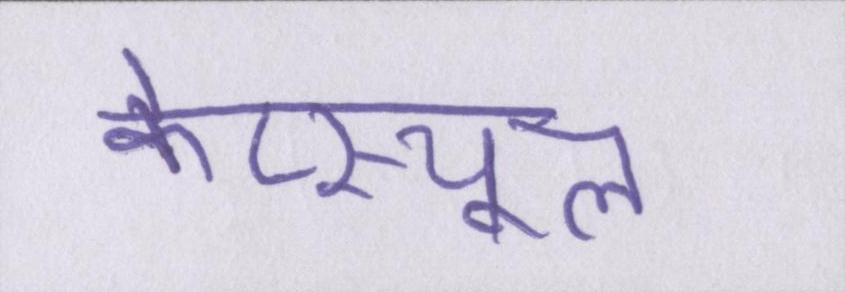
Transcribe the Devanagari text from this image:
केप्स्यूल